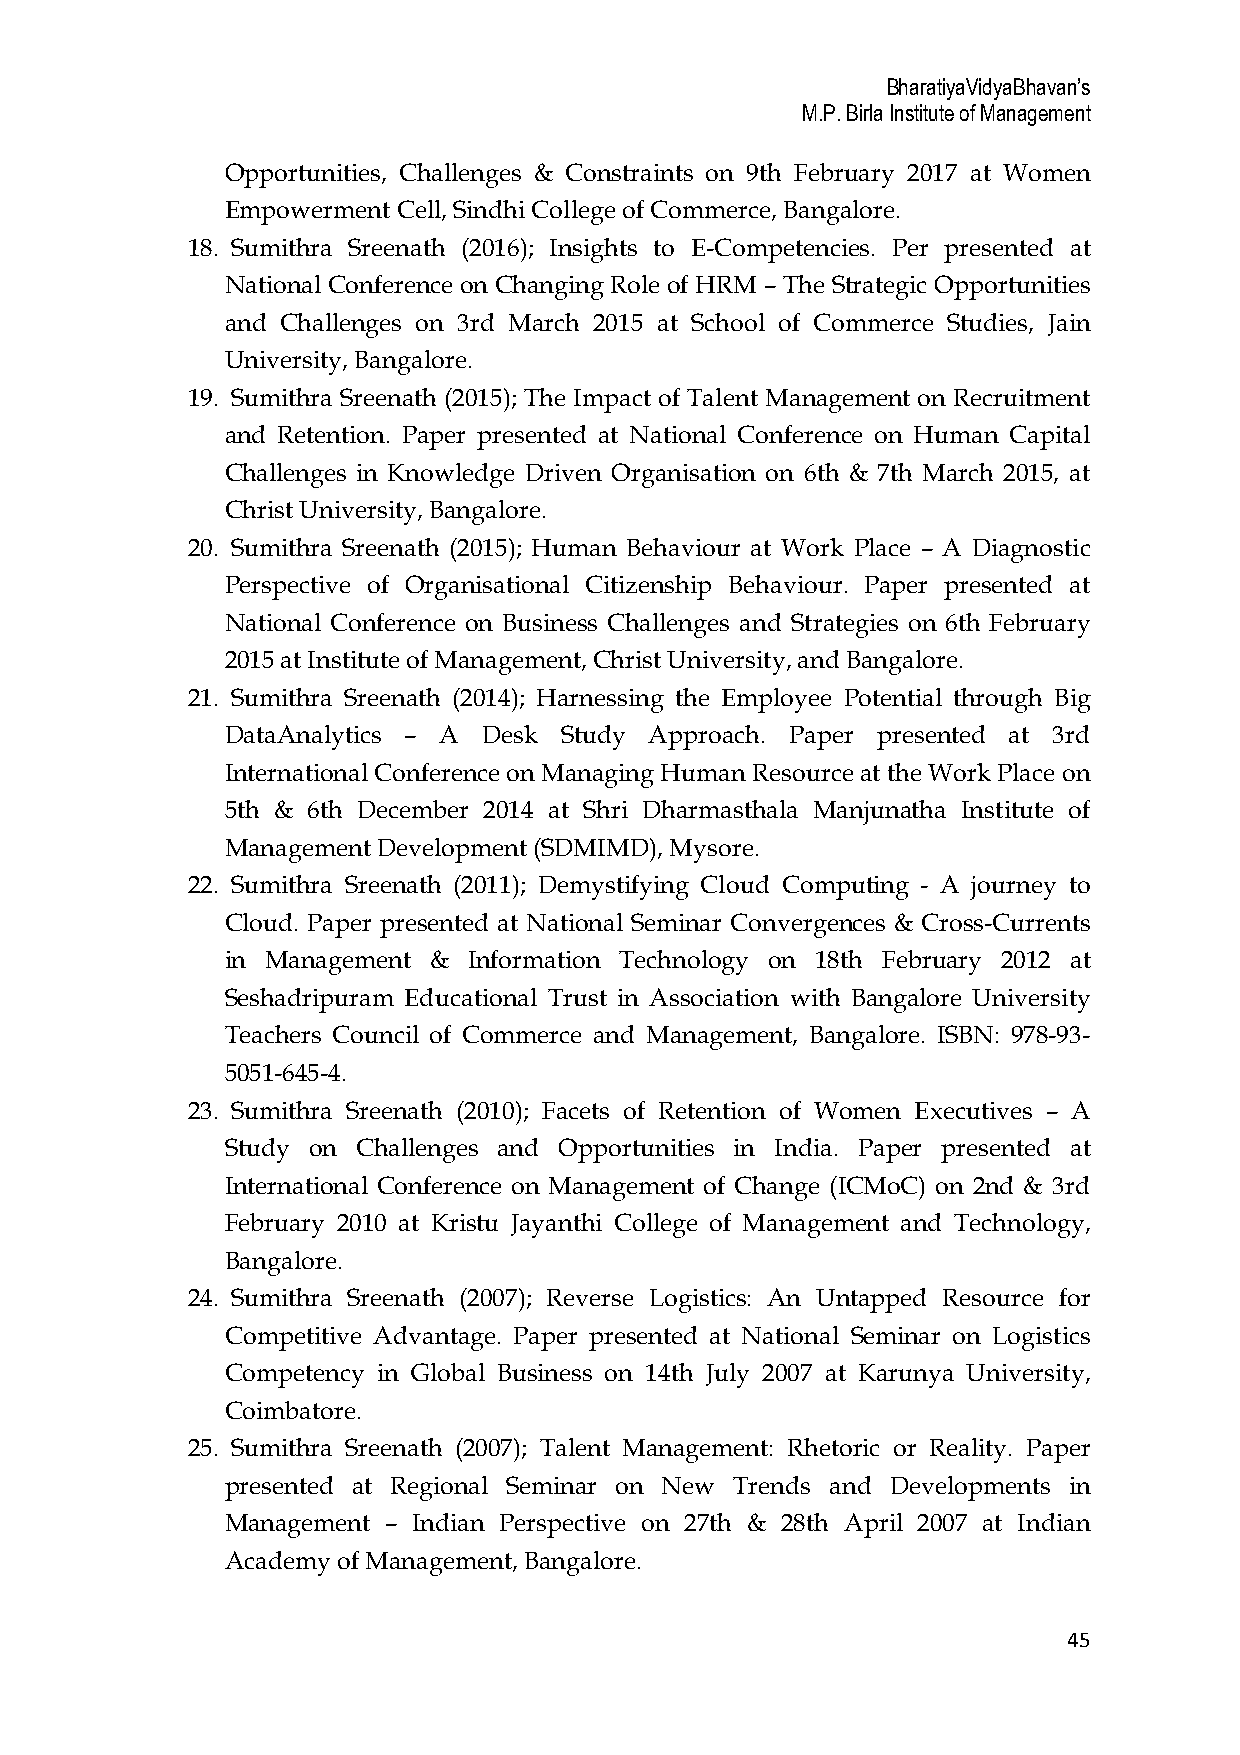
BharatiyaVidyaBhavan’s
 M.P. Birla Institute of Management
 Opportunities, Challenges & Constraints on 9th February 2017 at Women
 Empowerment Cell, Sindhi College of Commerce, Bangalore.
 18. Sumithra Sreenath (2016); Insights to E-Competencies. Per presented at
 National Conference on Changing Role of HRM – The Strategic Opportunities
 and Challenges on 3rd March 2015 at School of Commerce Studies, Jain
 University, Bangalore.
 19. Sumithra Sreenath (2015); The Impact of Talent Management on Recruitment
 and Retention. Paper presented at National Conference on Human Capital
 Challenges in Knowledge Driven Organisation on 6th & 7th March 2015, at
 Christ University, Bangalore.
 20. Sumithra Sreenath (2015); Human Behaviour at Work Place – A Diagnostic
 Perspective of Organisational Citizenship Behaviour. Paper presented at
 National Conference on Business Challenges and Strategies on 6th February
 2015 at Institute of Management, Christ University, and Bangalore.
 21. Sumithra Sreenath (2014); Harnessing the Employee Potential through Big
 DataAnalytics – A Desk Study Approach. Paper presented at 3rd
 International Conference on Managing Human Resource at the Work Place on
 5th & 6th December 2014 at Shri Dharmasthala Manjunatha Institute of
 Management Development (SDMIMD), Mysore.
 22. Sumithra Sreenath (2011); Demystifying Cloud Computing - A journey to
 Cloud. Paper presented at National Seminar Convergences & Cross-Currents
 in Management & Information Technology on 18th February 2012 at
 Seshadripuram Educational Trust in Association with Bangalore University
 Teachers Council of Commerce and Management, Bangalore. ISBN: 978-93-
 5051-645-4.
 23. Sumithra Sreenath (2010); Facets of Retention of Women Executives – A
 Study on Challenges and Opportunities in India. Paper presented at
 International Conference on Management of Change (ICMoC) on 2nd & 3rd
 February 2010 at Kristu Jayanthi College of Management and Technology,
 Bangalore.
 24. Sumithra Sreenath (2007); Reverse Logistics: An Untapped Resource for
 Competitive Advantage. Paper presented at National Seminar on Logistics
 Competency in Global Business on 14th July 2007 at Karunya University,
 Coimbatore.
 25. Sumithra Sreenath (2007); Talent Management: Rhetoric or Reality. Paper
 presented at Regional Seminar on New Trends and Developments in
 Management – Indian Perspective on 27th & 28th April 2007 at Indian
 Academy of Management, Bangalore.
 45